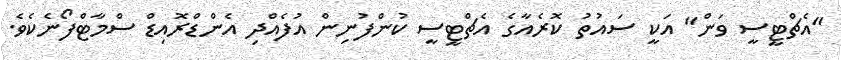
"އެޗްޓީސީ ވަން" އަކީ ސައުތު ކޮރެއާގެ އެޗްޓީސީ ކުންފުނިން އުފެއްދި އެންޑްރޮއިޑް ސްމާޓްފޯނެކެވެ.